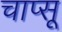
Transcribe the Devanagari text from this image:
चाप्सू